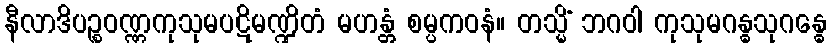
နီလာဒိပဉ္စဝဏ္ဏကုသုမပဋိမဏ္ဍိတံ မဟန္တံ စမ္ပကဝနံ။ တသ္မိံ ဘဂဝါ ကုသုမဂန္ဓသုဂန္ဓေ